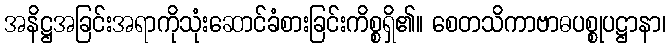
အနိဋ္ဌအခြင်းအရာကိုသုံးဆောင်ခံစားခြင်းကိစ္စရှိ၏။ စေတသိကာဗာဓပစ္စုပဋ္ဌာနာ၊